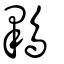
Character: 鸅